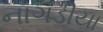
નાગડીયા